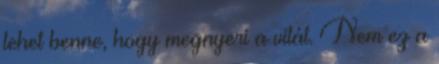
lehet benne, hogy megnyeri a vitát. Nem ez a